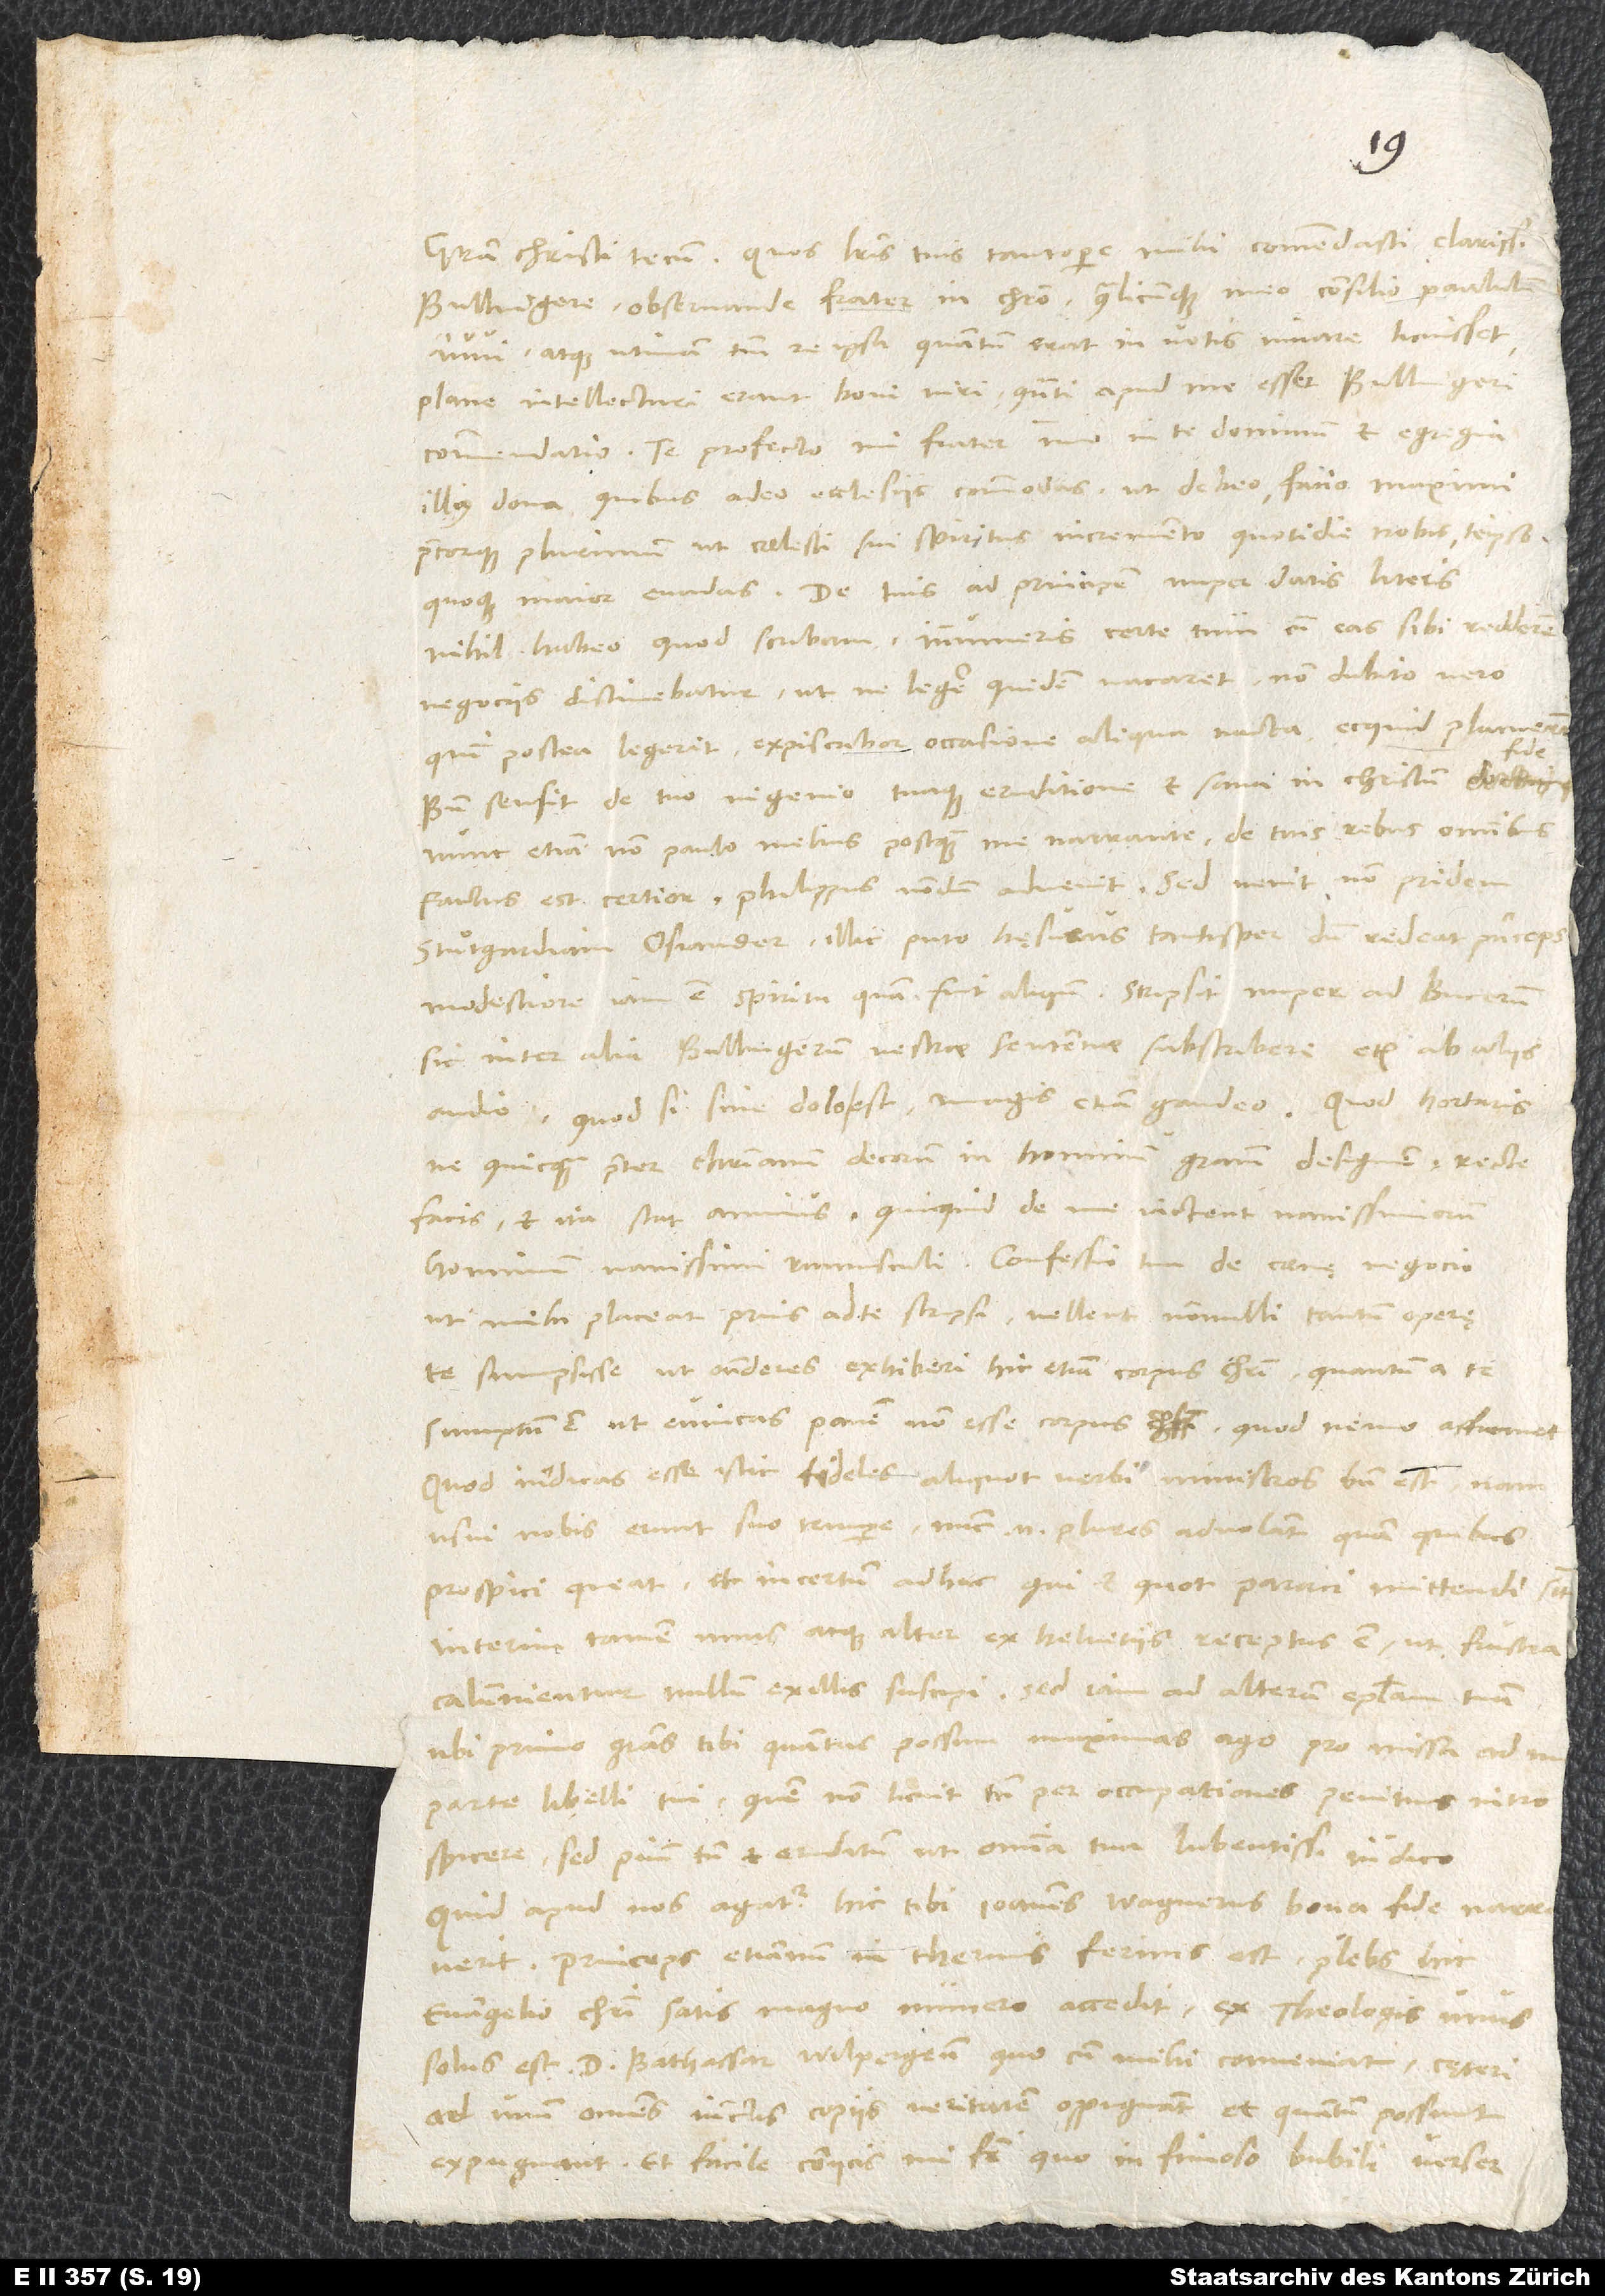
Bullingere, observande frater in Christo, qualicumque meo consilio paululum
iuvi. Atque utinam tantum re ipsa, quantum erat in votis, iuvare licuisset!
Plane intellecturi erant boni viri, quanti apud me esset Bullingeri
commendatio. Te profecto, mi frater, imo in te dominum et egregia
illius dona, quibus adeo ecclesiis commodas, ut debeo, facio maximi
precorque plurimum, ut coelesti sui spiritus incremento quotidie nobis te ipso
nihil habeo, quod scribam. Innumeris certe tum cum eas sibi redderem,
negociis distinebatur, ut ne legere quidem vacaret. Non dubito vero,
quin postea legerit. Expiscabor occasione aliqua nacta, ecquid placuerint.
fide,
Bene sensit de tuo ingenio tuaque eruditione et sana in Christum
nunc etiam non paulo melius, postquam me narrante de tuis rebus omnibus
factus est certior. Philippus nondum advenit, sed venit non pridem
Stuͦtgardiam Osiander illic, puto, hęsurus tantisper, dum redeat princeps.
Modestiore iam est spiritu, quam fuit aliquando. Scripsit nuper ad Bucerum
sic inter alia: «Bullingerum vestrae sententiae subscribere etiam ab aliis
audio. Quod si sine dolo est, magis etiam gaudeo.»
ne quicquam praeter christianum decorum in hominum gratiam designem, recte
facis, et ita stat animus, quicquid de me iactent vanissimorum
hominum vanissimi rumusculi. Confessio tua de coenę negocio
uti mihi placeat, prius ad te scripsi. Vellent nonnulli tantum operę
te sumpsisse, ut ostenderes exhiberi hic etiam corpus Christi, quantum a te
sumptum est, ut evincas panem non esse corpus, quod nemo affirmet.
Quod indicas esse istic fideles aliquot verbi ministros, bene est. Nam
usui nobis erunt suo tempore. Nunc enim plures advolant, quam quibus
prospici queat, et incertum adhuc, qui et quot parati mittendi sint.
Interim tamen unus atque alter ex Helvetiis receptus est, ut frustra
ubi primo gratias tibi quantas possum maximas ago pro missa ad me
parte libelli tui, quem non licuit tamen per occupationes penitius introspicere,
sed pium tamen et eruditum ut omnia tua lubentissime iudico.
Quid apud nos agatur, hic tibi Ioannes Wagnerus bona fide narraverit.
Princeps etiamnum in Thermis Ferinis est. Plebs hic
evangelio Christi satis magno numero accedit. Ex theologis unus
solus est D. Bathassar Wilpergensis, quocum mihi conveniat. Caeteri
ad unum omnes iunctis copiis veritatem oppugnant et, quantum possunt,
expugnant. Et facile coniicis, mi frater, quo in fimoso bubili verser